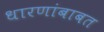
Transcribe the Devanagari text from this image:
धारणांबाबत